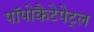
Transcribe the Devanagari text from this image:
पॉपोकैटेपेट्ल